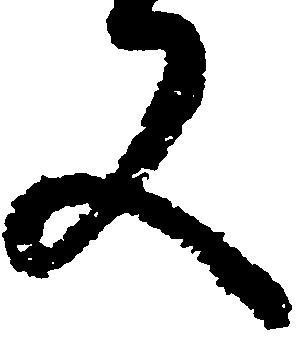
又